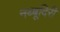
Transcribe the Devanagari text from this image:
नब्‍बूदिरी